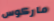
ماركوس